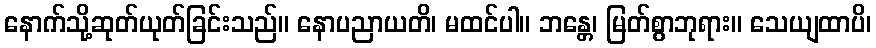
နောက်သို့ဆုတ်ယုတ်ခြင်းသည်။ နောပညာယတိ၊ မထင်ပါ။ ဘန္တေ၊ မြတ်စွာဘုရား။ သေယျထာပိ၊